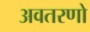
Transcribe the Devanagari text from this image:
अवतरणो